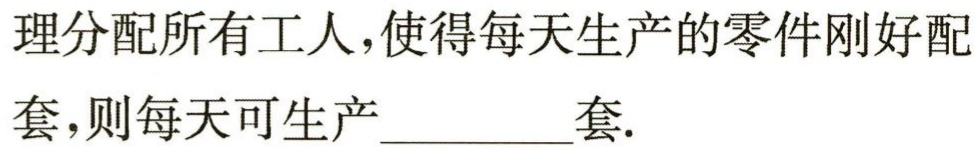
理分配所有工人，使得每天生产的零件刚好配

套，则每天可生产_________套.